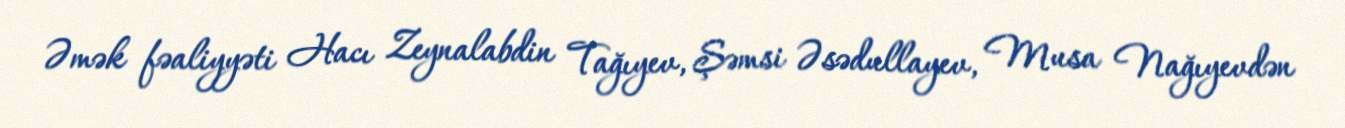
Əmək fəaliyyəti Hacı Zeynalabdin Tağıyev, Şəmsi Əsədullayev, Musa Nağıyevdən